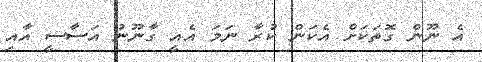
އެ ނޫން ގޮތަކަށް އެކަން ކުރާ ނަމަ އެއީ ގާނޫނު އަސާސީ އާއި